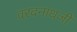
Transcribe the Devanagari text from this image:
वरदनाथजी